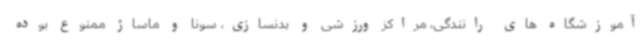
آموزشگاه های رانندگی، مراکز ورزشی و بدنسازی، سونا و ماساژ ممنوع بوده